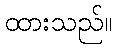
ထားသည်။